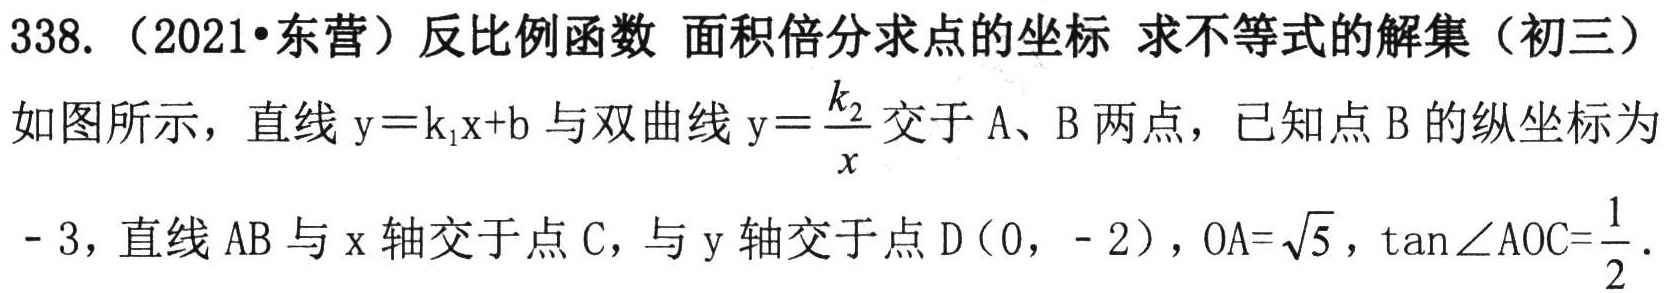
338.（2021•东营）反比例函数 面积倍分求点的坐标 求不等式的解集（初三）
如图所示，直线 \(y = k_1x + b\) 与双曲线 \(y=\frac{k_2}{x}\) 交于 A、B 两点，已知点 B 的纵坐标为
- 3，直线 AB 与 x 轴交于点 C，与 y 轴交于点 D(0，- 2)，\(OA = \sqrt{5}\)，\(\tan\angle AOC=\frac{1}{2}\) .